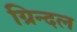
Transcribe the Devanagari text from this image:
ग्रिन्दल